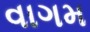
વાગમ